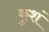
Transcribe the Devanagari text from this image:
कुशं